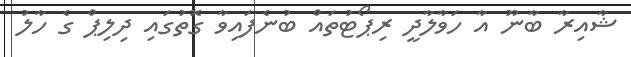
ޝާއިރާ ބާނޫ އާ ހަވާލާދީ ރިޕޯޓުތައް ބުނެފައިވާ ގޮތުގައި ދިލިޕް ގެ ހާލު